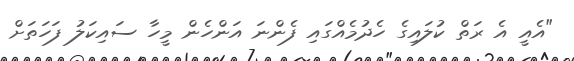
"އެއީ އެ ރަތް ކުލައިގެ ހެދުމެއްގައި ފެންނަ އަންހެން މީހާ ސައިކަލު ފަހަތަށް